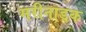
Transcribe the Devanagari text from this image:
मरीनाडक